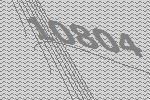
10804